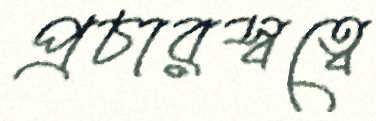
প্রচারস্বত্বে